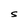
Character: S